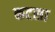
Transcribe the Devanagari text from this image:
कटसा